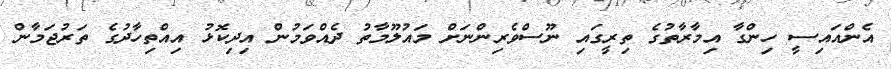
އެންއައިސީ ހިންގާ އިމާރާތުގެ ތިރީގައި ނޫސްވެރިންނަށް މައުލޫމާތު ދެއްވަމުން އިދިކޮޅު އިއްތިހާދުގެ ތަރުޖަމާން